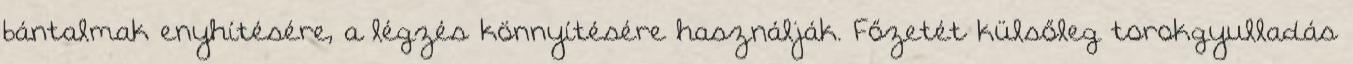
bántalmak enyhítésére, a légzés könnyítésére használják. Főzetét külsőleg torokgyulladás